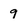
Character: 9